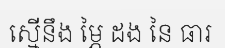
ស្មើនឹង ម្ភៃ ដង នៃ ធារ